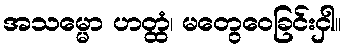
အသမ္မော ဟတ္ထံ၊ မတွေဝေခြင်းငှါ။